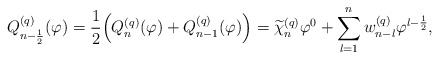
\begin{align*} Q_{n-\frac{1}{2}}^{(q)}(\varphi) &= \frac{1}{2}\Big( Q_{n}^{(q)}(\varphi) + Q_{n-1}^{(q)}(\varphi) \Big) = \widetilde{\chi}_n^{(q)} \varphi^0 + \sum\limits_{l=1}^{n} w_{n-l}^{(q)} \varphi^{l-\frac{1}{2}}, \end{align*}